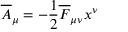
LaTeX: \overline { { { A } } } _ { \mu } = - { \frac { 1 } { 2 } } \overline { { { F } } } _ { \mu \nu } x ^ { \nu }